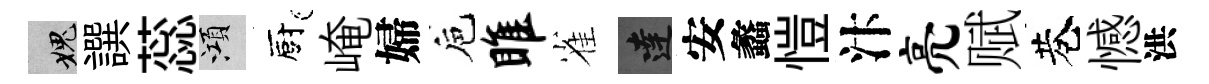
愧譔蕊澒廚崦婦巵雎雀達安蠡愷汴亮赋巷憾洪